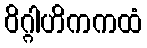
ဝိဂ္ဂါဟိကကထံ